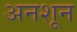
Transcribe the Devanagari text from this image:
अनशून